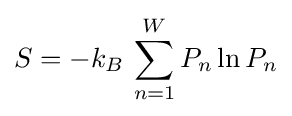
S=-k_{B}\,\sum _{n=1}^{W}P_{n}\ln P_{n}